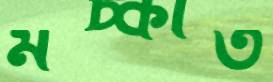
মচ্‌কাত